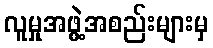
လူမှုအဖွဲ့အစည်းများမှ